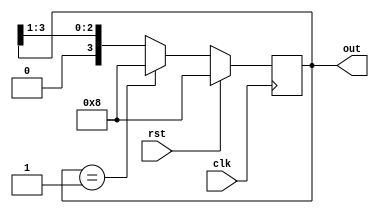
`timescale 1ns / 1ps
module ring_counter(input clk,rst,output reg [3:0] out);
always @(posedge clk) begin
    if (rst)
        out<=4'b1000;
    else begin
        if(out==4'b0001)
            out<=4'b1000;
        else
            out<=out>>1;
    end 
end
endmodule